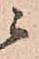
ニ